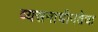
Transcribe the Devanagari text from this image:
व्यसनाधीनतेचा